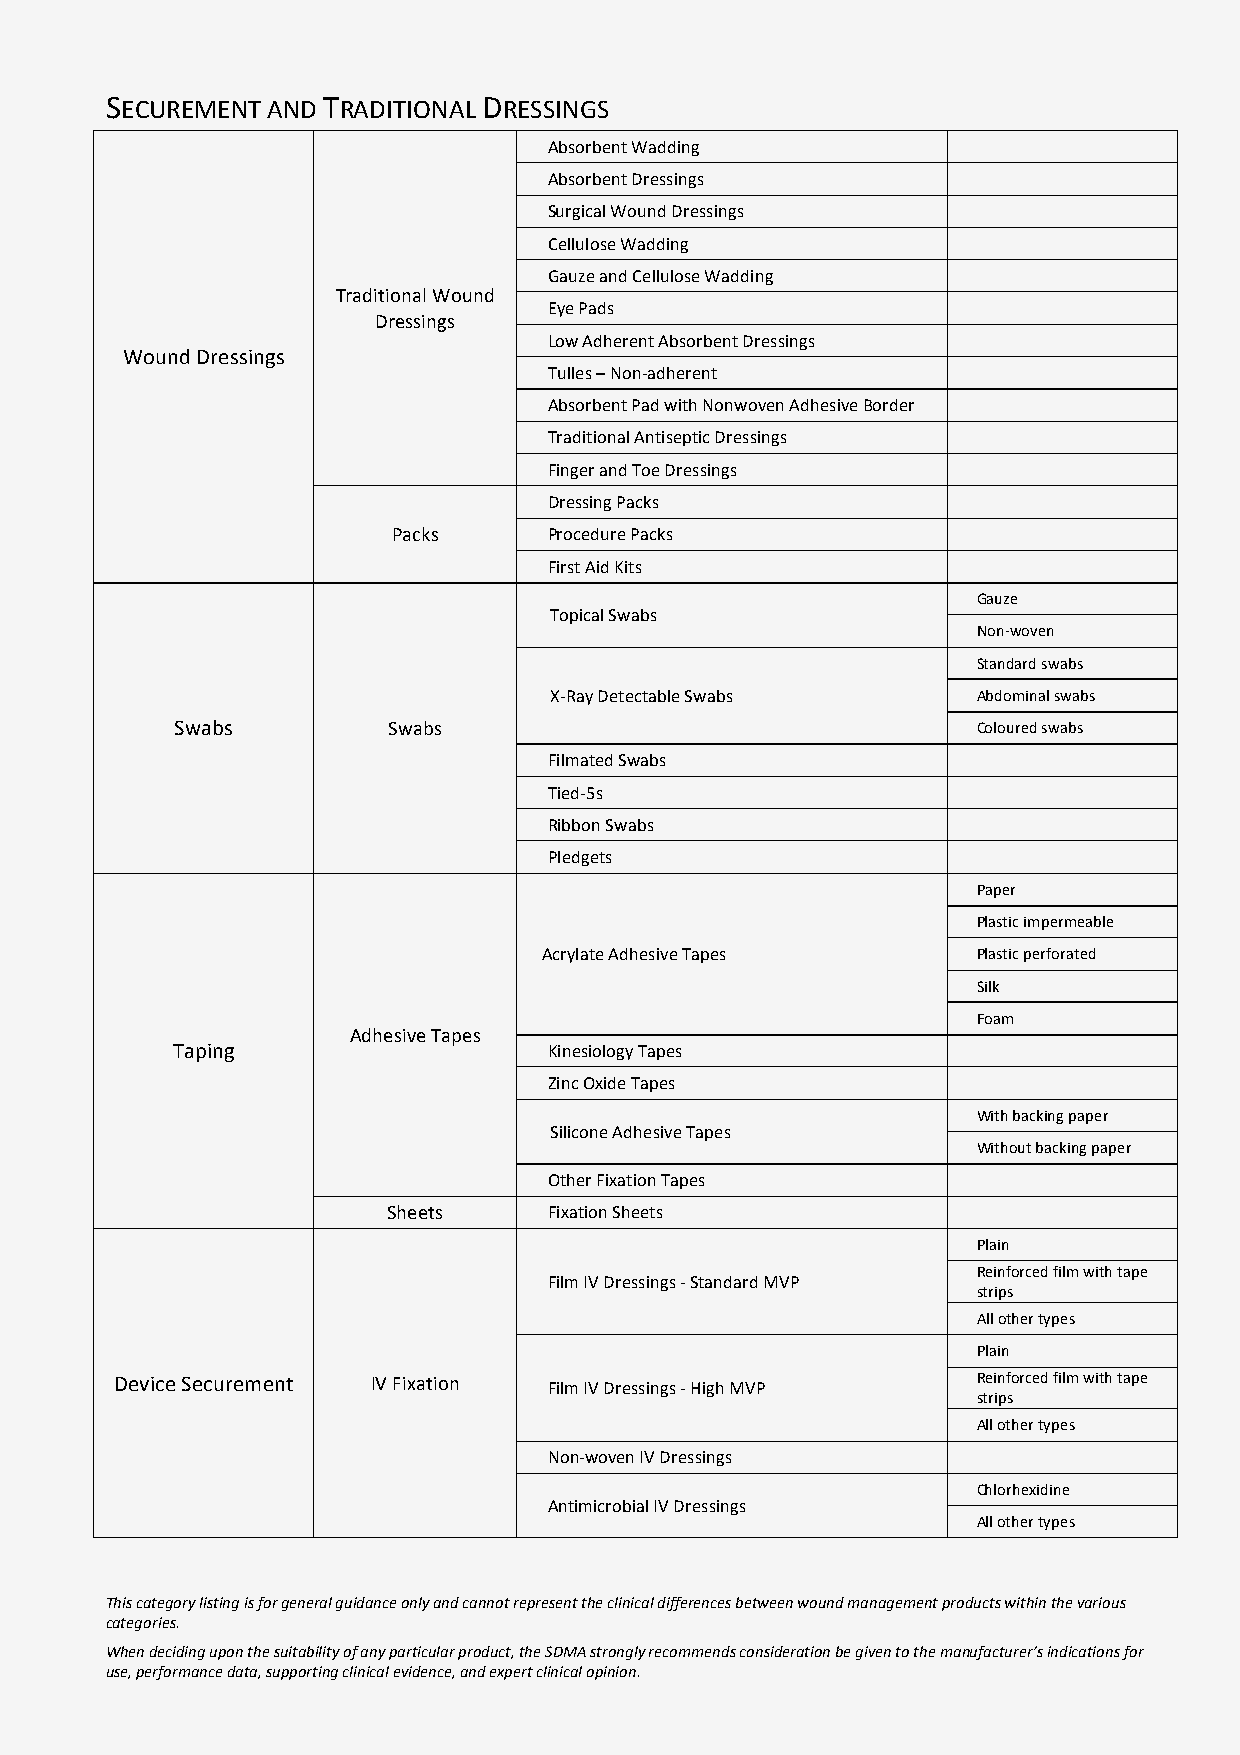
SECUREMENT AND TRADITIONAL DRESSINGS
 Absorbent Wadding
 Absorbent Dressings
 Surgical Wound Dressings
 Cellulose Wadding
 Gauze and Cellulose Wadding
 Traditional Wound
 Eye Pads
 Dressings
 Low Adherent Absorbent Dressings
 Wound Dressings
 Tulles – Non-adherent
 Absorbent Pad with Nonwoven Adhesive Border
 Traditional Antiseptic Dressings
 Finger and Toe Dressings
 Dressing Packs
 Packs     Procedure Packs
 First Aid Kits
 Gauze
 Topical Swabs
 Non-woven
 Standard swabs
 X-Ray Detectable Swabs       Abdominal swabs
 Swabs         Swabs                                  Coloured swabs
 Filmated Swabs
 Tied-5s
 Ribbon Swabs
 Pledgets
 Paper
 Plastic impermeable
 Acrylate Adhesive Tapes      Plastic perforated
 Silk
 Foam
 Adhesive Tapes
 Taping                   Kinesiology Tapes
 Zinc Oxide Tapes
 With backing paper
 Silicone Adhesive Tapes
 Without backing paper
 Other Fixation Tapes
 Sheets    Fixation Sheets
 Plain
 Reinforced film with tape
 Film IV Dressings - Standard MVP
 strips
 All other types
 Plain
 Device Securement IV Fixation Film IV Dressings - High MVP Reinforced film with tape
 strips
 All other types
 Non-woven IV Dressings
 Chlorhexidine
 Antimicrobial IV Dressings
 All other types
 This category listing is for general guidance only and cannot represent the clinical differences between wound management products within the various
 categories.
 When deciding upon the suitability of any particular product, the SDMA strongly recommends consideration be given to the manufacturer’s indications for
 use, performance data, supporting clinical evidence, and expert clinical opinion.